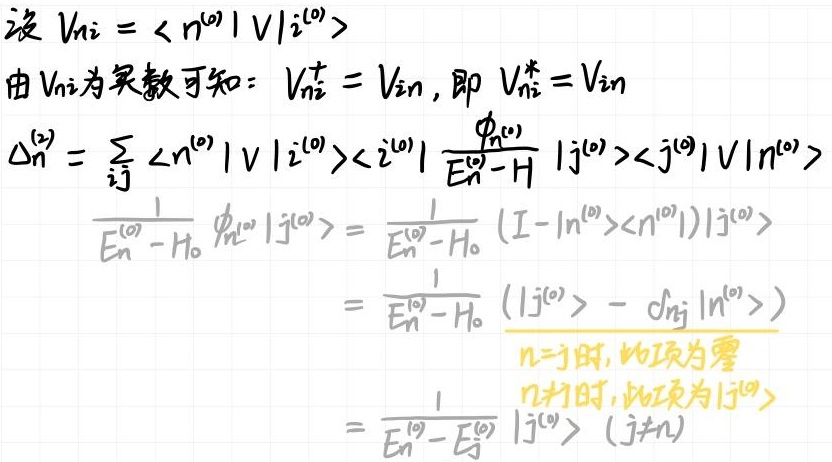
设 $V_{ni} = \langle n^{(0)} | V | i^{(0)} \rangle$

由 $V_{ni}$ 为实数可知：$V_{ni}^{\dagger} = V_{in}$，即 $V_{ni}^{*} = V_{in}$

$\Delta_{n}^{(2)} = \sum_{ij} \langle n^{(0)} | V | i^{(0)} \rangle \langle i^{(0)} | \frac{\phi_{n^{(0)}}}{E_{n}^{(0)} - H} | j^{(0)} \rangle \langle j^{(0)} | V | n^{(0)} \rangle$

$\frac{1}{E_{n}^{(0)} - H_{0}} \phi_{n^{(0)}} | j^{(0)} \rangle = \frac{1}{E_{n}^{(0)} - H_{0}} (I - |n^{(0)} \rangle \langle n^{(0)}|) | j^{(0)} \rangle$

$= \frac{1}{E_{n}^{(0)} - H_{0}} (|j^{(0)} \rangle - \delta_{nj} |n^{(0)} \rangle)$

$n = j$ 时，此项为零

$n \neq j$ 时，此项为 $|j^{(0)} \rangle$

$= \frac{1}{E_{n}^{(0)} - E_{j}^{(0)}} |j^{(0)} \rangle (j \neq n)$